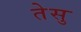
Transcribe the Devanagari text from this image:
तेसु